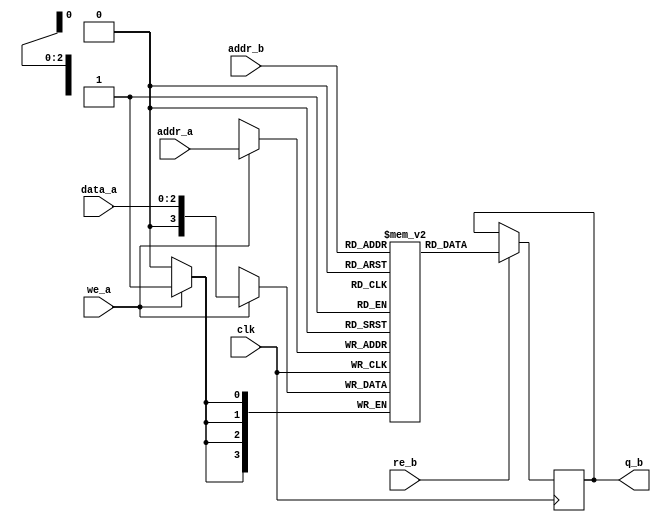
module DRAM1
(
	input [2:0] data_a,
	input [2:0] addr_a, addr_b,
	input we_a, re_b, clk,
	output reg [3:0] q_b
);

	//parameter f = 3, c = 7;
	// Declare the RAM variable
	//reg [f:0] ram[c];
	reg [3:0] ram[7:0];

	// Port A
	always @ (posedge clk)
	begin
		if (we_a)
		begin
			ram[addr_a] <= data_a;
		end

	end

	// Port B
	always @ (posedge clk)
	begin
		if (re_b)
		begin
			q_b <= ram[addr_b];
		end

	end
endmodule